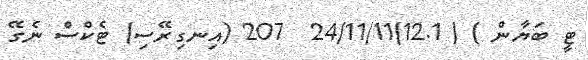
ޓީ ބަޔާން ) ( 12.1)24/11/11  207 (އިނގިރޭސި) ޓެކްސް ނެގޭ